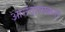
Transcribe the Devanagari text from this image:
आनंदात्मकता